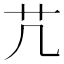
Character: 芁